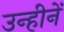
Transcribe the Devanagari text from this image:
उन्हीनें